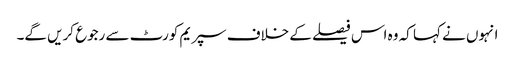
انہوں نے کہا کہ وہ اس فیصلے کے خلاف سپریم کورٹ سے رجوع کریں گے۔